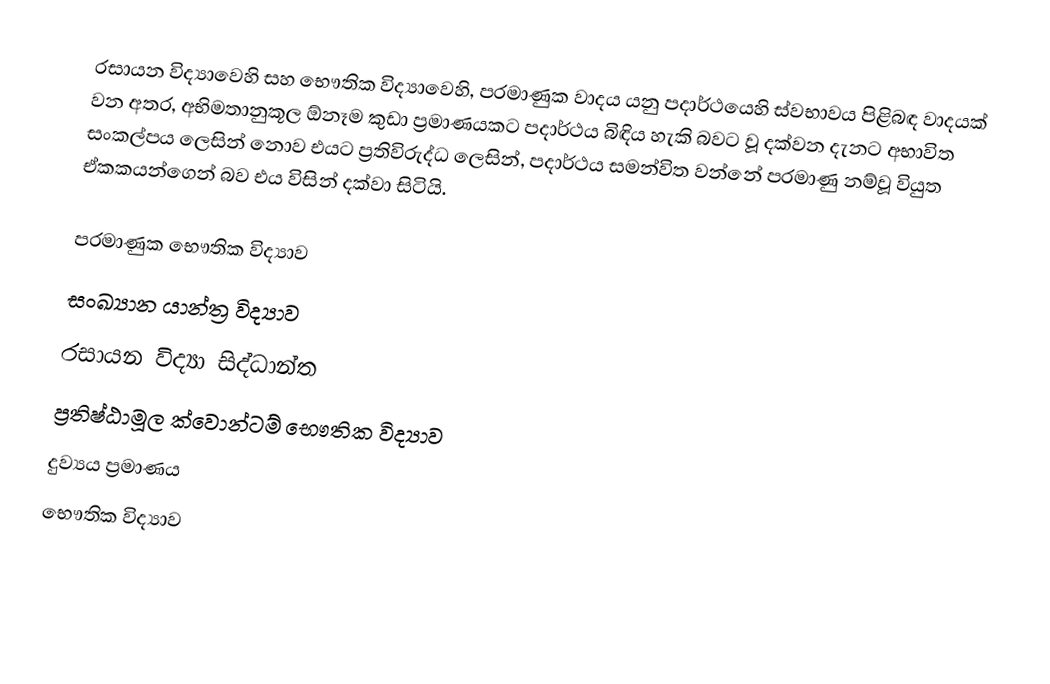
රසායන විද්‍යාවෙහි සහ භෞතික විද්‍යාවෙහි, පරමාණුක වාදය යනු පදාර්ථයෙහි ස්වභාවය පිළිබඳ වාදයක් වන අතර, අභිමතානුකූල ඕනෑම කුඩා ප්‍රමාණයකට පදාර්ථය බිඳිය හැකි බවට වූ දක්වන දැනට අභාවිත සංකල්පය ලෙසින් නොව එයට ප්‍රතිවිරුද්ධ ලෙසින්, පදාර්ථය සමන්විත වන්නේ  පරමාණු නම්වූ වියුත ඒකකයන්ගෙන් බව එය විසින් දක්වා සිටියි.

පරමාණුක භෞතික විද්‍යාව
සංඛ්‍යාන යාන්ත්‍ර විද්‍යාව
රසායන විද්‍යා සිද්ධාන්ත
ප්‍රතිෂ්ඨාමූල ක්වොන්ටම් භෞතික විද්‍යාව
දුව්‍යය ප්‍රමාණය
භෞතික විද්‍යාව